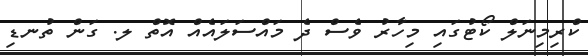
ކްރިމިނަލް ކޯޓުގައި މިހާރު ވެސް ދެ މައްސަލައެއް އޮތް ލ. ގަން ތުނޑި